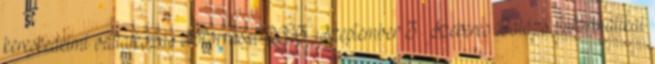
kereskedelmi vállalkozás erőforrásai 2013. Szeptember 3. Szekeres Balázs Informatikai